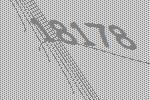
18178